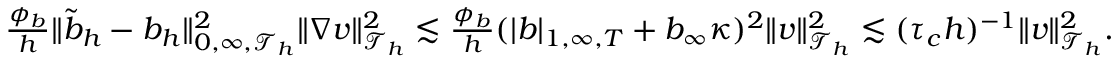
\begin{array} { r } { \frac { \phi _ { b } } { h } \| { \widetilde { b } } _ { h } - b _ { h } \| _ { 0 , \infty , \mathcal { T } _ { h } } ^ { 2 } \| \nabla v \| _ { \mathcal { T } _ { h } } ^ { 2 } \lesssim \frac { \phi _ { b } } { h } ( | b | _ { 1 , \infty , T } + b _ { \infty } \kappa ) ^ { 2 } \| v \| _ { \mathcal { T } _ { h } } ^ { 2 } \lesssim ( \tau _ { c } h ) ^ { - 1 } \| v \| _ { \mathcal { T } _ { h } } ^ { 2 } . } \end{array}